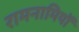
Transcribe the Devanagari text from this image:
रामनामियों